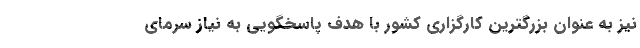
نیز به عنوان بزرگترین کارگزاری کشور با هدف پاسخگویی به نیاز سرمای